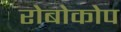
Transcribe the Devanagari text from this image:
रोबोकोप